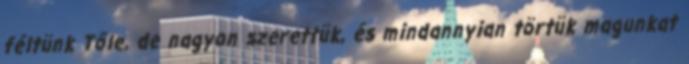
féltünk Tőle, de nagyon szerettük, és mindannyian törtük magunkat